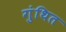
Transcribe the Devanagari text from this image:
गुंथित